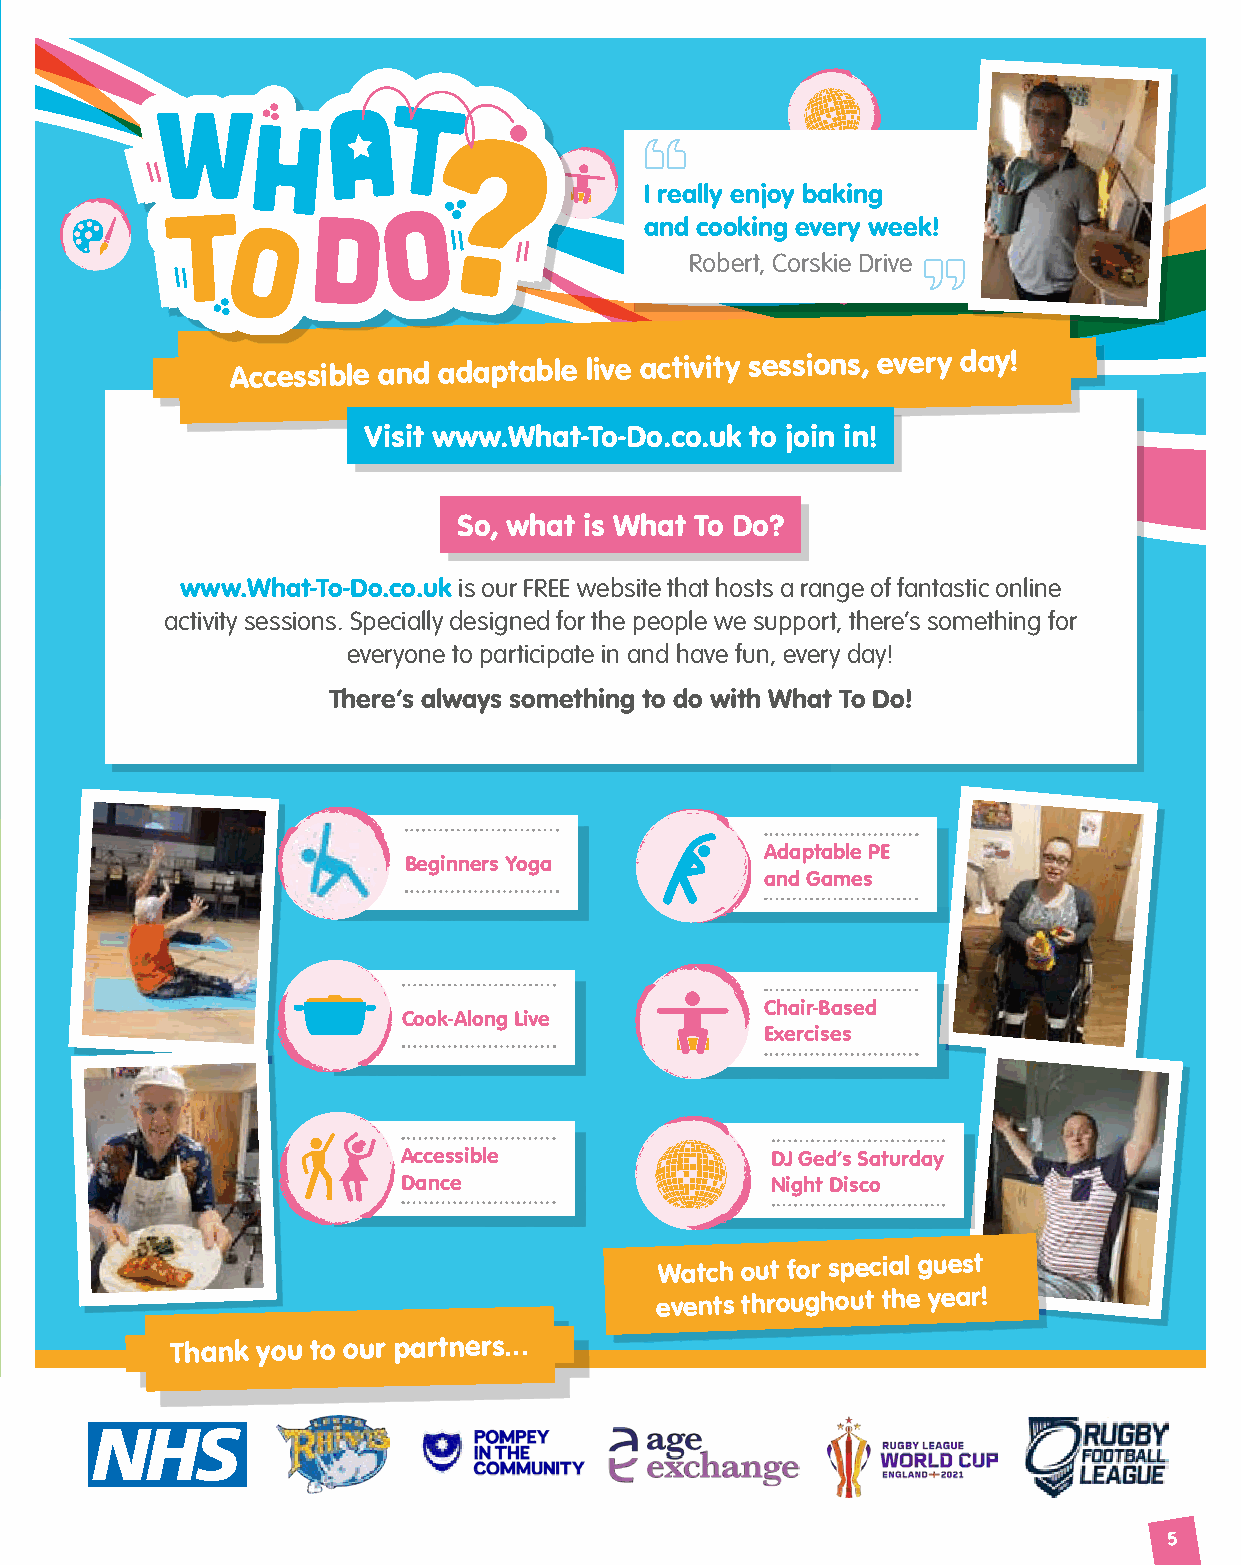
I really enjoy baking
 and cooking every week!
 Robert, Corskie Drive
 Accessible and adaptable live activity sessions, every day!
 Visit www.What-To-Do.co.uk to join in!
 So, what is What To Do?
 www.What-To-Do.co.uk is our FREE website that hosts a range of fantastic online
 activity sessions. Specially designed for the people we support, there’s something for
 everyone to participate in and have fun, every day!
 There’s always something to do with What To Do!
 Adaptable PE
 Beginners Yoga
 and Games
 Chair-Based
 Cook-Along Live
 Exercises
 Accessible              DJ Ged’s Saturday
 Dance                   Night Disco
 Watch out for special guest
 events throughout the year!
 Thank you to our partners...
 5
 YouFirst Advertorial_WhatToDo_v0.4
 210x265mm     CMYK      5mm Bleed